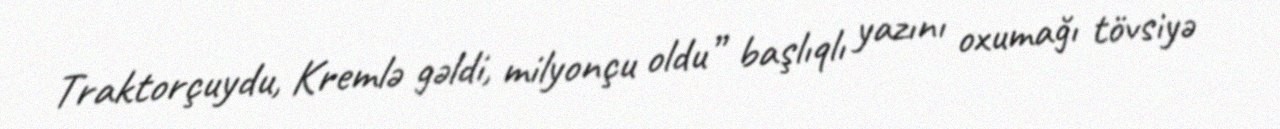
Traktorçuydu, Kremlə gəldi, milyonçu oldu” başlıqlı yazını oxumağı tövsiyə